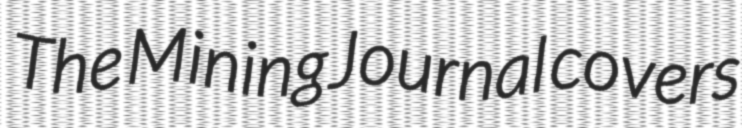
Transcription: The Mining Journal covers